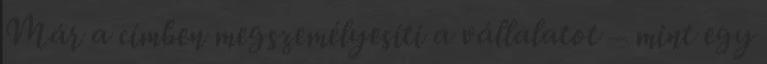
Már a címben megszemélyesíti a vállalatot – mint egy